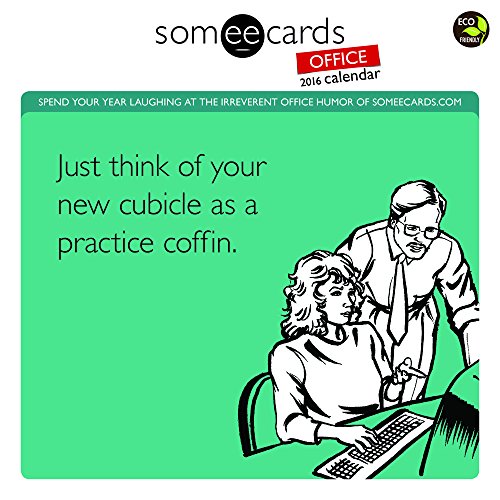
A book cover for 2016 Someecards Office Wall Calendar; Someecards; Humor & Entertainment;